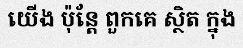
យើង ប៉ុន្តែ ពួកគេ ស្ថិត ក្នុង